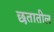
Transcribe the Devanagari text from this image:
छतातील